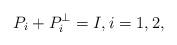
LaTeX: \begin{align*}P_{i}+P^{\perp}_{i}=I, i = 1,2,\end{align*}